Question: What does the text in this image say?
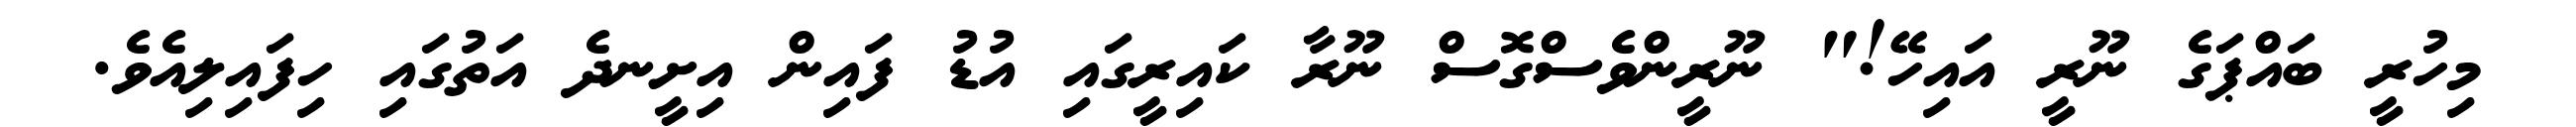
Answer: މިހުރީ ބައްޕަގެ ނޫރީ އައިހޭ!" ނޫރީންވެސްގޮސް ނޫރާ ކައިރީގައި އުޑު ފައިން އިށީނދެ އަތުގައި ހިފައިލިއެވެ.